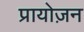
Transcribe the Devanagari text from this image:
प्रायोज़न